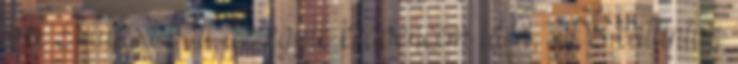
A Múzsa volt az egyik kedvencem idén, IDE kattintva